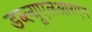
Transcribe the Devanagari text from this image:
डब्ल्यूएलआरएन